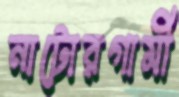
নাটোরগামী